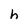
Character: h